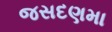
જસદણમા